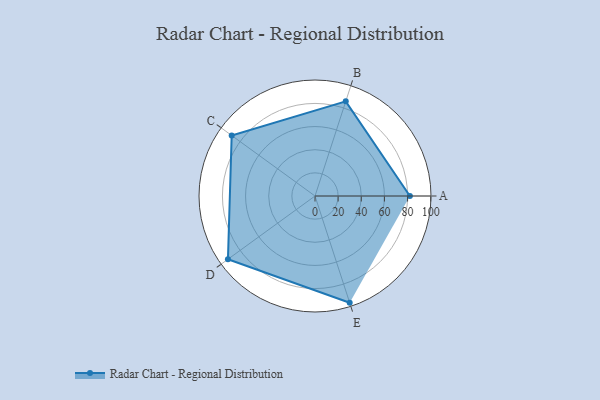
{"axis": {"x": "Skill", "y": "Score"}, "legend": ["Profile"], "data": [{"x": "A", "y": 82.0, "type": "Profile"}, {"x": "B", "y": 86.0, "type": "Profile"}, {"x": "C", "y": 89.0, "type": "Profile"}, {"x": "D", "y": 93.0, "type": "Profile"}, {"x": "E", "y": 97.0, "type": "Profile"}]}